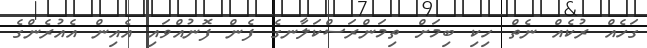
ގަހެއް ރުކެއް ނެތް ހިކި ބިމަށް ތިމަންރަސްކަލާނގެ ފެން ފޮނުއްވައި އެއިން އެއުރެންގެ